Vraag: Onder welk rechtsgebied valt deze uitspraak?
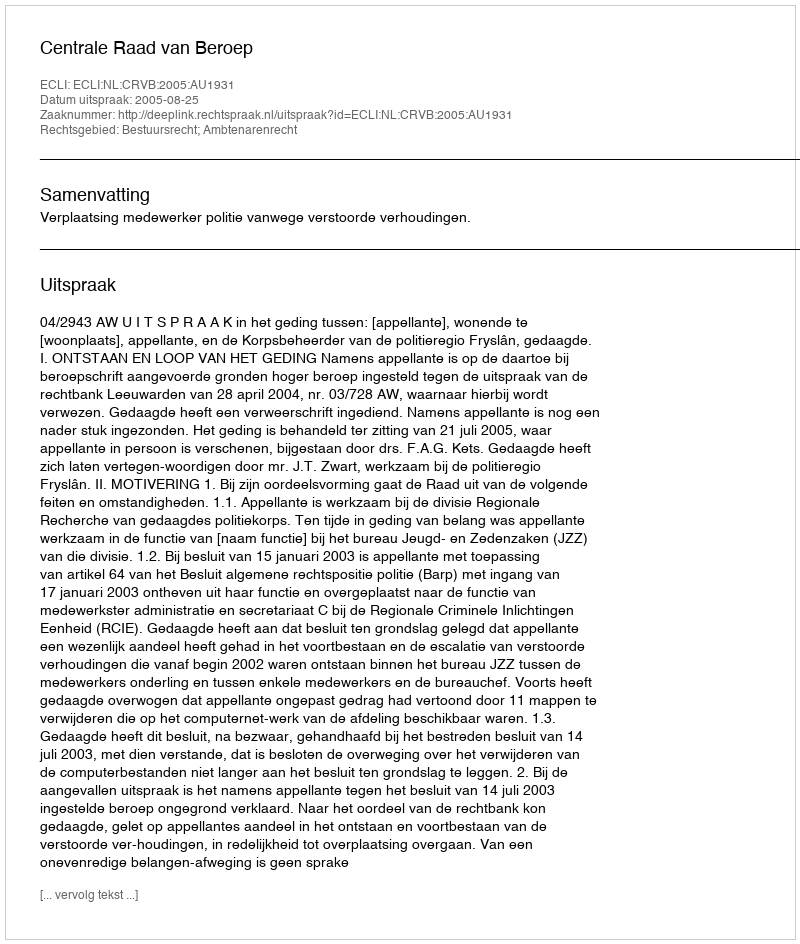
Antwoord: Bestuursrecht; Ambtenarenrecht